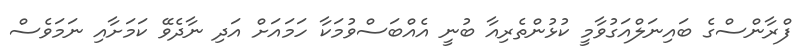
ފްރާންސްގެ ބައިނަލްއަގުވާމީ ކުޅުންތެރިއާ ބުނީ އެއްބަސްވުމަކާ ހަމައަށް އަދި ނާދެވޭ ކަމަށާއި ނަމަވެސް